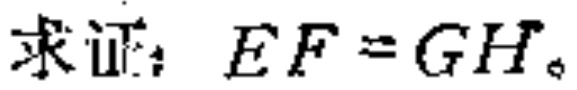
求证：$EF = GH$。